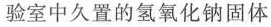
验室中久置的氢氧化钠固体